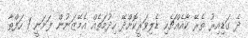
ދެ ގަޑިއިރު ތެރޭ ކާއެއްޗެހި ޑެލިވަރީކޮށްދޭ ހިދުމަތެއް އެމޭޒަނުން ފަށަނީ 1 ހަފްތާ